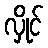
လှိုင်